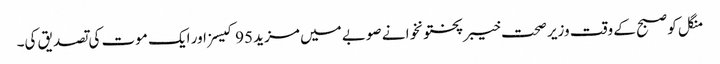
منگل کو صبح کے وقت وزیر صحت خیبرپختونخوا نے صوبے میں مزید 95 کیسز اور ایک موت کی تصدیق کی۔